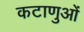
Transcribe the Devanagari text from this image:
कटाणुओं